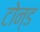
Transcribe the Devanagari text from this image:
टोन्ड